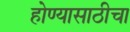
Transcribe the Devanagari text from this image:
होण्यासाठीचा